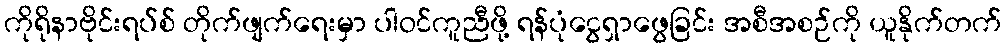
ကိုရိုနာဗိုင်းရပ်စ် တိုက်ဖျက်ရေးမှာ ပါဝင်ကူညီဖို့ ရန်ပုံငွေရှာဖွေခြင်း အစီအစဉ်ကို ယူနိုက်တက်